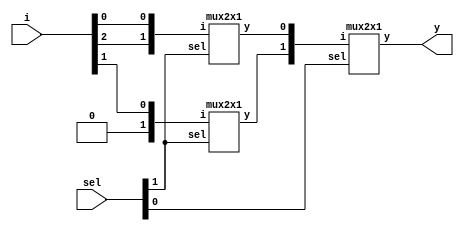
//design a 3x1_mux using 2x1_mux using hierarchical modeling concept.

module mux3x1_2x1(i,sel,y);
input[2:0]i;
input[1:0]sel;
output y;

wire[1:0]w;

mux2x1 mux1({i[2],i[0]},sel[1],w[0]);
mux2x1 mux2({1'b0,i[1]},sel[1],w[1]);
mux2x1 mux3({w[1],w[0]},sel[0],y);
endmodule


module mux2x1(i,sel,y);

input[1:0]i;
input sel;
output y;

assign y=(~sel&i[0])|(sel&i[1]);
endmodule